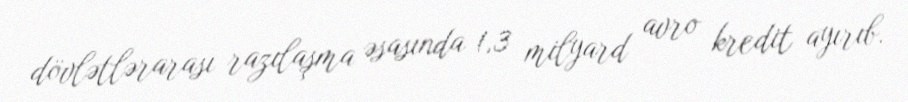
dövlətlərarası razılaşma əsasında 1,3 milyard avro kredit ayırıb.